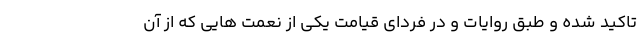
تاکید شده و طبق روایات و در فردای قیامت یکی از نعمت هایی که از آن